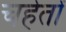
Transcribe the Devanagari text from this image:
चहेतों